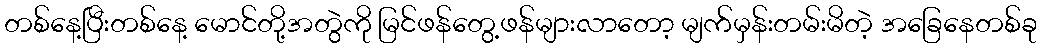
တစ်နေ့ပြီးတစ်နေ့ မောင်တို့အတွဲကို မြင်ဖန်တွေ့ဖန်များလာတော့ မျက်မှန်းတမ်းမိတဲ့ အခြေနေတစ်ခု